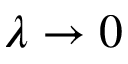
\lambda \rightarrow 0